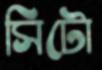
সিটো